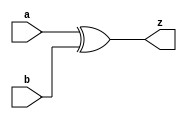
//#############################################################################
//# Function: 2-Input Exclusive-Or Gate                                       #
//# Copyright: OH Project Authors. ALl rights Reserved.                       #
//# License:  MIT (see LICENSE file in OH repository)                         #
//#############################################################################

module asic_xor2 #(parameter PROP = "DEFAULT")   (
    input  a,
    input  b,
    output z
    );

   assign z =  a ^ b;

endmodule